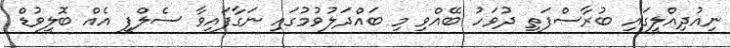
ނިއުދިއްލީގައި ބުރާސްފަތި ދުވަހު ބޭއްވި މި ބައްދަލުވުމުގައި ނަގާފައިވާ ސެލްފީ އެއް ބޮލީވުޑް